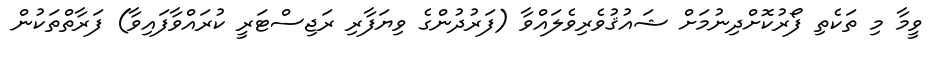
ވީމާ މި ތަކެތި ފޯރުކޮށްދިނުމަށް ޝައުޤުވެރިވެލައްވާ (ފަރުދުންގެ ވިޔަފާރި ރަޖިސްޓަރީ ކުރައްވާފައިވާ) ފަރާތްތަކުން